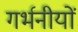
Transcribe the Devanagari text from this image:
गर्भनीयों